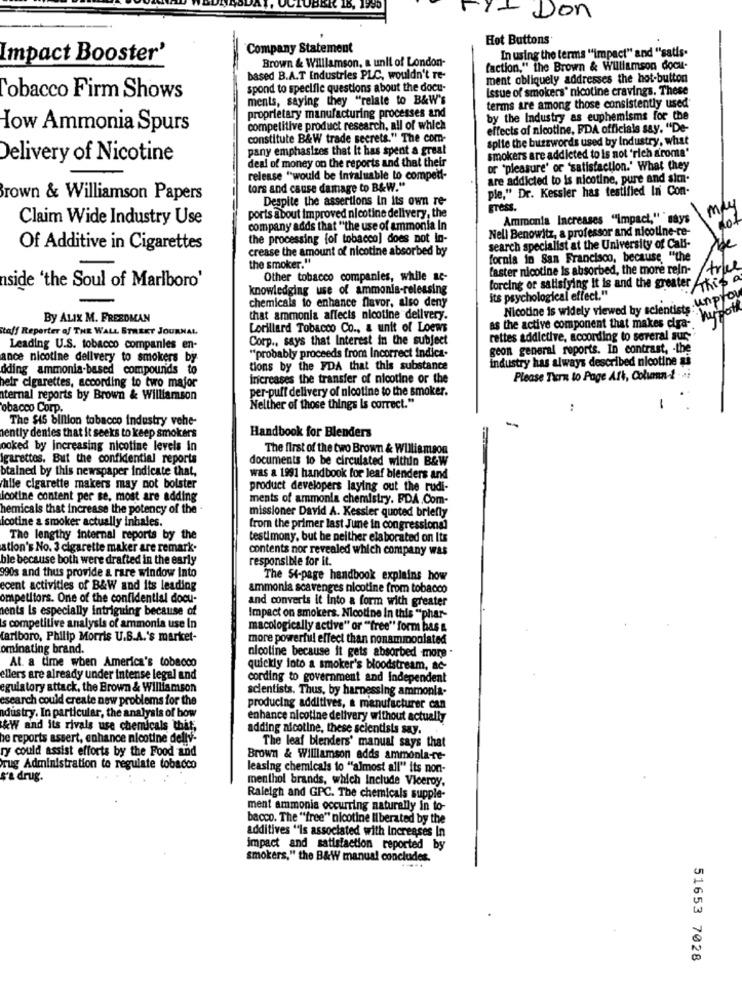
- Don
Hot Buttons
Company Statement
Impact Booster'
Brown & Williamson, a unit of London-
In using the terms "impact" and "satis.
faction," the Brown & Williamson docu-
based B.A.T Industries PLC, wouldn't re-
ment obliquely addresses the hot-button
spond to specific questions about the docu-
Issue of smokers' nicotine cravings. These
Tobacco Firm Shows
ments, saying they "relate to B&W's
terms are among those consistently used
proprietary manufacturing processes and
by the Industry as euphemisms for the
How Ammonia Spurs
competitive product research, all of which
effects of nicotine, FDA officials say. "De-
constitute B&W trade secrets." The com-
spite the buzzwords used by Industry, what
pany emphasizes that it has spent a great
smokers are addicted to is not 'rich aroma'
Delivery of Nicotine
deal of money on the reports and that their
or "pleasure' or 'satisfaction.' What they
release "would be invaluable to competi-
are addicted to is nicotine, pure and sich.
tors and cause damage to B&W."
ple," Dr. Kessler has testified In Con-
Brown & Williamson Papers
Despite the assertions in its own re-
gress.
Claim Wide Industry Use
ports a bout Improved nicotine delivery, the
Ammonia Increases "Impact," " says
company adds that "the use of ammonia In
Nell Benowitz, a professor and nicotine-re-
the processing {of tobacco] does not In-
Of Additive in Cigarettes
crease the amount of nicotine absorbed by
search specialist at the University of Call-
the smoker."
fornia in San Francisco, because "the
faster nicotine is absorbed, the more rein-
nside 'the Soul of Marlboro'
Other tobacco companies, while ac-
knowledging use of ammonia-releasing
forcing or satisfying it is and the greater Aki
chemicals to enhance flavor, also deny
its psychological effect."
unprov
Nicotine is widely viewed by scientists:
·hypoth
By ALIX M. FREEDMAN
that ammonia affects nicotine delivery.
Staff Reporter of THE WALL STREET JOURNAL
Lorillard Tobacco Co ., a unit of Loews
as the active component that makes diga-
Corp ., says that Interest in the subject
rettes addictive, according to several sur-
Leading U.S. tobacco companies en-
geon general reports. In contrast, - the
ance nicotine delivery to smokers by
"probably proceeds from Incorrect indica-
industry has always described nicotine as
dding ammonia-based compounds to
tions by the FDA that this substance
Increases the transfer of nicotine or the
Please Turn to Page Att, Colvann-2 · · i
heir cigarettes, according to two major
per-puff delivery of nicotine to the smoker.
ternal reports by Brown & Williamson
tobacco Corp.
Nelther of those things is correct."
:
-
The $45 billion tobacco industry vehe-
ently denies that it seeks to keep smokers
Handbook for Blenders
ooked by increasing nicotine levels in
The first of the two Brown & Williamson
Igarettes. But the confidential reports
documents to be circulated within B&W
btained by this newspaper indicate that,
was a 1991 handbook for leaf blenders and
chile cigarette makers may not bolster
product developers laying out the rudi-
Icotine content per se, most are adding
ments of ammonia chemistry. FDA Com-
hemicals that increase the potency of the .
missioner David A. Kessler quoted briefly
icotine a smoker actually inhales.
from the primer last June in congressional
The lengthy internal reports by the
testimony, but he neither elaborated on Its
ation's No. 3 cigarette maker are remark.
contents nor revealed which company was
ble because both were drafted in the early
responsible for it.
990s and thus provide a rare window Into
The St-page handbook explains how
ecent activities of B&W and its leading
ammonia scavenges nicotine from tobacco
ompetitors. One of the confidential docu-
and converts it into & form with greater
sents Is especially intriguing because of
Impact on smokers. Nicotine In this "phar-
s competitive analysis of ammonia use In
macologically active" or "free" form has &
tariboro, Philip Morris U.S.A.'s market-
more powerful effect than nonammoniated
ominating brand.
nicoline because it gets absorbed more .
At a time when America's tobacco
quickly loto a smoker's bloodstream, ac-
ellers are already under intense legal and
cording to government and Independent
egulatory attack, the Brown & Williamson
scientists. Thus, by harnessing ammonia-
esearch could create new problems for the
dustry. In particular, the analysis of how
producing additives, a manufacturer can
enhance nicotine delivery without actually
&W and its rivals use chemicals that,
adding nicotine, these scientists say.
he reports assert, enhance nicotine delly-
ry could assist efforts by the Food and
The leaf blenders' manual says that
Brown & Williamson adds ammonla-re-
rug Administration to regulate tobacco
leasing chemicals to "almost all" its non-
s'a drug.
menthol brands, which Include Viceroy.
Raleigh and GPC. The chemicals supple-
ment ammonia occurring naturally in to-
bacco. The "free" nicotine Il berated by the
additives "Is associated with increases In
impact and satisfaction reported by
smokers," the B&W manual concludes.
51653 7028